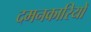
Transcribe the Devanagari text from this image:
दमनकारियों